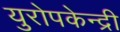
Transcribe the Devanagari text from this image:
युरोपकेन्द्री